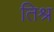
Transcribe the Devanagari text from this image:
तिश्र